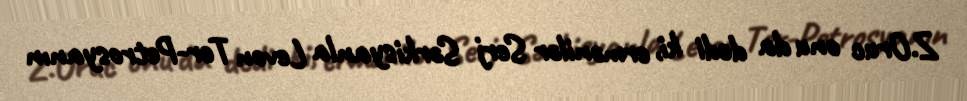
Z.Oruc onu da dedi ki, ermənilər Serj Sərkisyanla Levon Ter-Petrosyanın